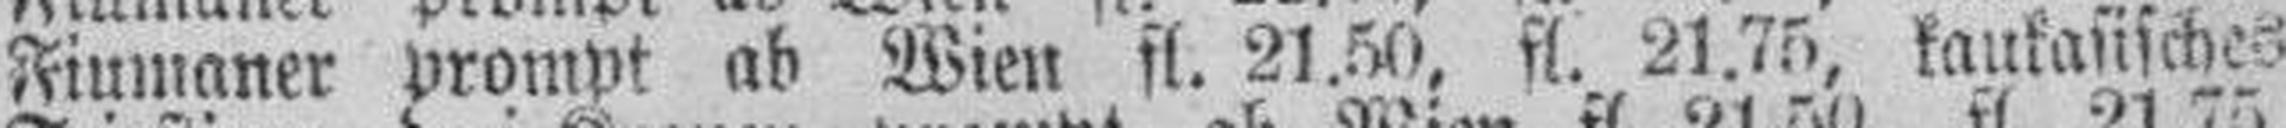
Fiumaner prompt ab Wien fl. 21.50. fl. 21.75, kankansisches